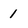
Character: 1